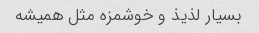
بسیار لذیذ و خوشمزه مثل همیشه